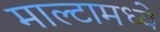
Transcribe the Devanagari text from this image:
माल्टामध्ये